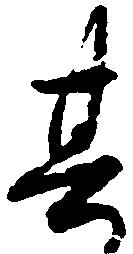
其